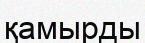
қамырды